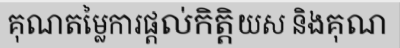
គុណតម្លៃការផ្តល់កិត្តិយស និងគុណ